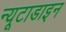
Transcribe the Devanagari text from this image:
न्यूटाडाइन